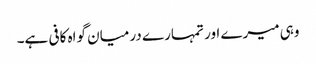
وہی میرے اور تمہارے درمیان گواہ کافی ہے۔